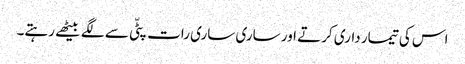
اس کی تیمار داری کرتے اور ساری ساری رات پٹّی سے لگے بیٹھے رہتے۔